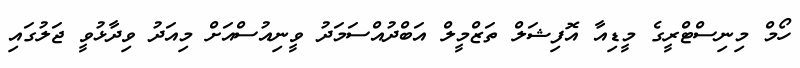
ހޯމް މިނިސްޓްރީގެ މީޑިއާ އޮފިޝަލް ތަޒްމީލް އަބްދުއްސަމަދު ވީނިއުސްއަށް މިއަދު ވިދާޅުވީ ޖަލުގައި